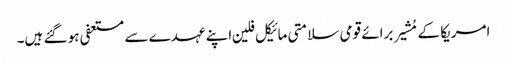
امریکا کے مُشیر برائے قومی سلامتی مائیکل فلین اپنے عہدے سے مستعفی ہو گئے ہیں۔